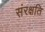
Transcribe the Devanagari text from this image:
संरक्षति